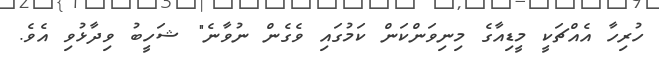
ހުރިހާ އެއްޗަކީ މީޑިއާގެ މިނިވަންކަން ކަމުގައި ވެގެން ނުވާނެ" ޝަހީބު ވިދާޅުވި އެވެ.